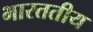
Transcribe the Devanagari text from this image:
भारततीय